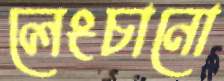
লেংচানো